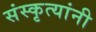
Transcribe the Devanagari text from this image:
संस्कृत्यांनी